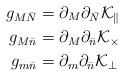
LaTeX: \begin{align*}g_{M\bar{N}}&=\partial_{M}\partial_{\bar{N}}\mathcal{K}_{\parallel} \\g_{M\bar{n}}&=\partial_{M}\partial_{\bar{n}}\mathcal{K}_{\times} \\g_{m\bar{n}}&=\partial_{m}\partial_{\bar{n}}\mathcal{K}_{\perp} \end{align*}